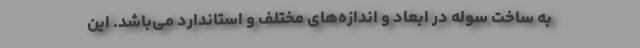
به ساخت سوله در ابعاد و اندازه‌های مختلف و استاندارد می‌باشد. این